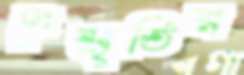
দুঃস্মৃতির